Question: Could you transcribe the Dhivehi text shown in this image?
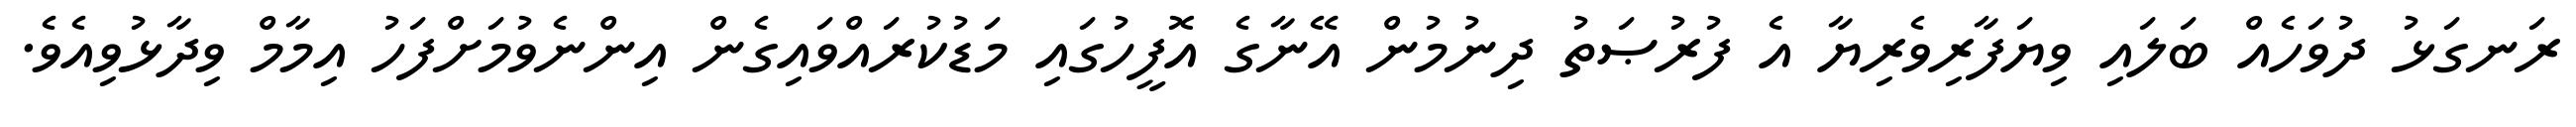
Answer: ރަނގަޅު ދުވަހެއް ބަލައި ވިޔަފާރިވެރިޔާ އެ ފުރުޞަތު ދިނުމުން އޭނާގެ އޮފީހުގައި މަޑުކުރައްވައިގެން އިންނެވުމަށްފަހު އިމާމް ވިދާޅުވިއެވެ.